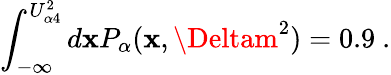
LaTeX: \int_{-\infty}^{U_{\alpha4}^{2}}d\mathbf{x}P_{\alpha}(\mathbf{x},\Deltam^{2})=0.9~.